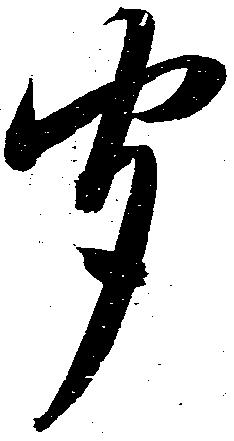
聞